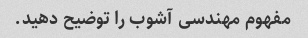
مفهوم مهندسی آشوب را توضیح دهید.